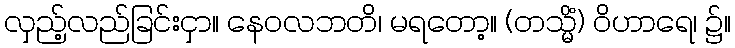
လှည့်လည်ခြင်းငှာ။ နေဝလဘတိ၊ မရတော့။ (တသ္မိံ) ဝိဟာရေ၊ ၌။